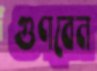
গুণবেন